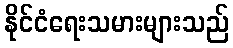
နိုင်ငံရေးသမားများသည်